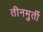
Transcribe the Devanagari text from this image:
तीनमुर्ती